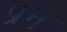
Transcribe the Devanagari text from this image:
प्रन